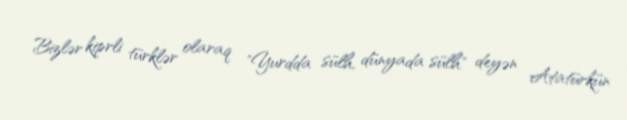
Bizlər kiprli türklər olaraq "Yurdda sülh, dünyada sülh" deyən Atatürkün